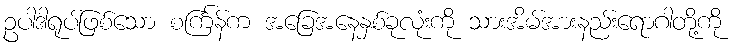
ဥပါဒါရုပ်ဖြစ်သော စင်္ကြန်က အခြေအနေနှစ်ခုလုံးကို သားအိမ်အားနည်းရောဂါတို့ကို